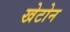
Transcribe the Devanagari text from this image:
खेटोन